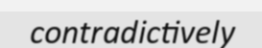
contradictively